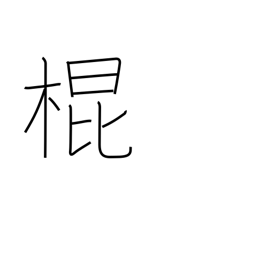
Meaning: a cane